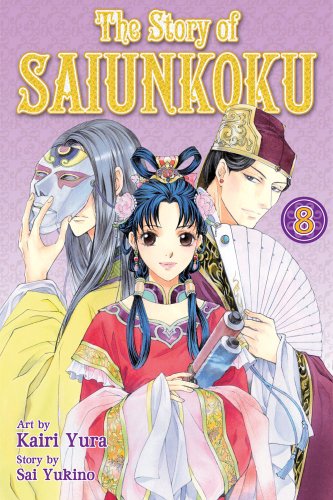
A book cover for The Story of Saiunkoku, Vol. 8; Sai Yukino; Teen & Young Adult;